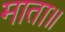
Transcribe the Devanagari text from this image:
माता॥